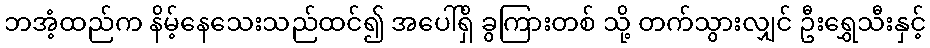
ဘအံ့ထည်က နိမ့်နေသေးသည်ထင်၍ အပေါ်ရှိ ခွကြားတစ် သို့ တက်သွားလျှင် ဦးရွှေသီးနှင့်